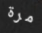
مرة